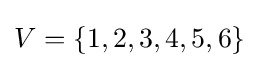
V=\{1,2,3,4,5,6\}